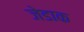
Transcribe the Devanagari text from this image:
जेडाक